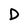
Character: D